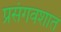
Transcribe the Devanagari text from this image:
प्रसंगवशात